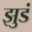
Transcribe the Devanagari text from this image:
झुडं